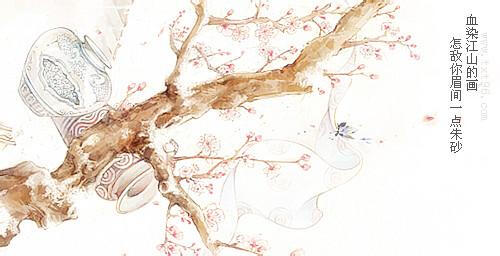
人间之水污浊，在野外者清洁，俱为一水，源从天涯，或浊或清，所在之势使之然也。